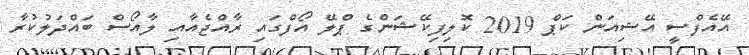
އޭއެފްސީ އޭޝިއަން ކަޕް 2019 ކޮލިފިކޭޝަންގެ ޕްލޭ އޯފްގައި ރާއްޖެއާއި ލާއޯސް ބައްދަލުކުރާ